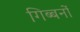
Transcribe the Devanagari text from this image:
गिब्बनों